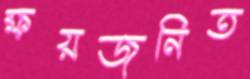
ক্ষয়জনিত